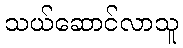
သယ်ဆောင်လာသူ